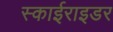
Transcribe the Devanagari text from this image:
स्काईराइडर